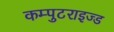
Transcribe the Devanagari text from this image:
कम्पुटराइज्ड